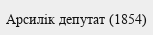
Арсилік депутат (1854)